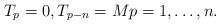
LaTeX: \begin{align*}T_p=0, T_{p-n}=M p=1,\dots, n.\end{align*}